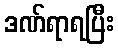
ဒဏ်ရာရပြီး